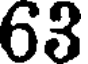
63